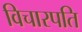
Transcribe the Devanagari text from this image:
विचारपति